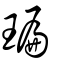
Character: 㻞